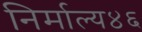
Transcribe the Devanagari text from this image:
निर्माल्य४६